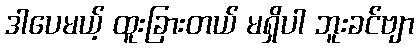
ဒါပေမယ့် ထူးခြားတယ် မရှိပါ ဘူးခင်ဗျာ